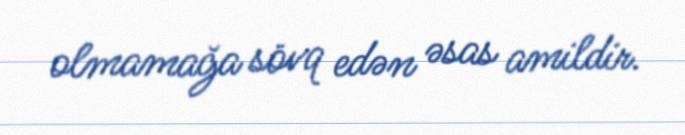
olmamağa sövq edən əsas amildir.